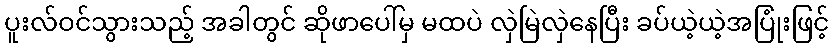
ပူးလ်ဝင်သွားသည့် အခါတွင် ဆိုဖာပေါ်မှ မထပဲ လှဲမြဲလှဲနေပြီး ခပ်ယဲ့ယဲ့အပြုံးဖြင့်